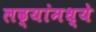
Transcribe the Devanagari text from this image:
लढ्यांमध्ये